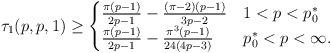
LaTeX: \begin{align*} \tau_1(p, p, 1) \geq \begin{cases} \frac{\pi(p-1)}{2p-1}-\frac{(\pi-2)(p-1)}{3p-2} & 1<p<p_0^* \\\frac{\pi(p-1)}{2p-1}-\frac{\pi^3(p-1)}{24(4p-3)} & p_0^*<p<\infty.\end{cases}\end{align*}